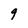
Character: 9